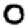
Digit: 0